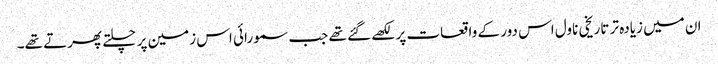
ان میں زیادہ تر تاریخی ناول اس دور کے واقعات پر لکھے گئے تھے جب سمورائی اس زمین پر چلتے پھرتے تھے۔